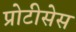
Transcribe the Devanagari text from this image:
प्रोटीसेस